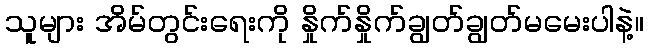
သူများ အိမ်တွင်းရေးကို နှိုက်နှိုက်ချွတ်ချွတ်မမေးပါနဲ့။